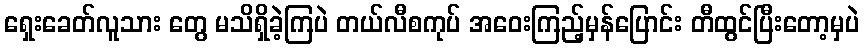
ရှေးခေတ်လူသား တွေ မသိရှိခဲ့ကြပဲ တယ်လီစကုပ် အဝေးကြည့်မှန်ပြောင်း တီထွင်ပြီးတော့မှပဲ